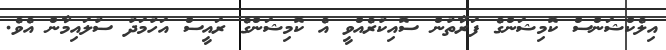
އިލެކްޝަންސް ކޮމިޝަންގެ ފަރާތުން ސޮއިކުރެއްވީ އެ ކޮމިޝަންގެ ރައީސް އަހުމަދު ސުލައިމާން އެވެ.